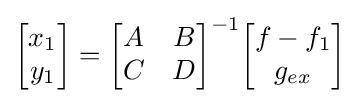
{\begin{bmatrix}x_{1}\\y_{1}\end{bmatrix}}={\begin{bmatrix}A&B\\C&D\end{bmatrix}}^{-1}{\begin{bmatrix}f-f_{1}\\g_{ex}\end{bmatrix}}